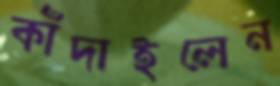
কাঁদাইলেন